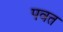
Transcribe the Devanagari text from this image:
पवत